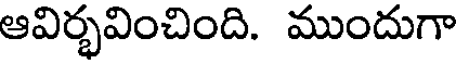
ఆవిర్భవించింది. ముందుగా